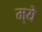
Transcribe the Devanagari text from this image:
म्ये